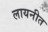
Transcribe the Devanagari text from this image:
लायनीत